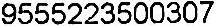
9555223500307